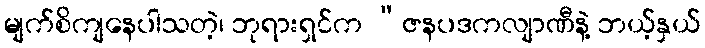
မျက်စိကျနေပါသတဲ့၊ ဘုရားရှင်က “ဇနပဒကလျာဏီနဲ့ ဘယ့်နှယ်